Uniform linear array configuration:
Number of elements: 8
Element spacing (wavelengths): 0.75
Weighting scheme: cosine
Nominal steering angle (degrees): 0
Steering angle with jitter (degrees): -0.4337
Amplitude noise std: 0.05
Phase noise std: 0.05

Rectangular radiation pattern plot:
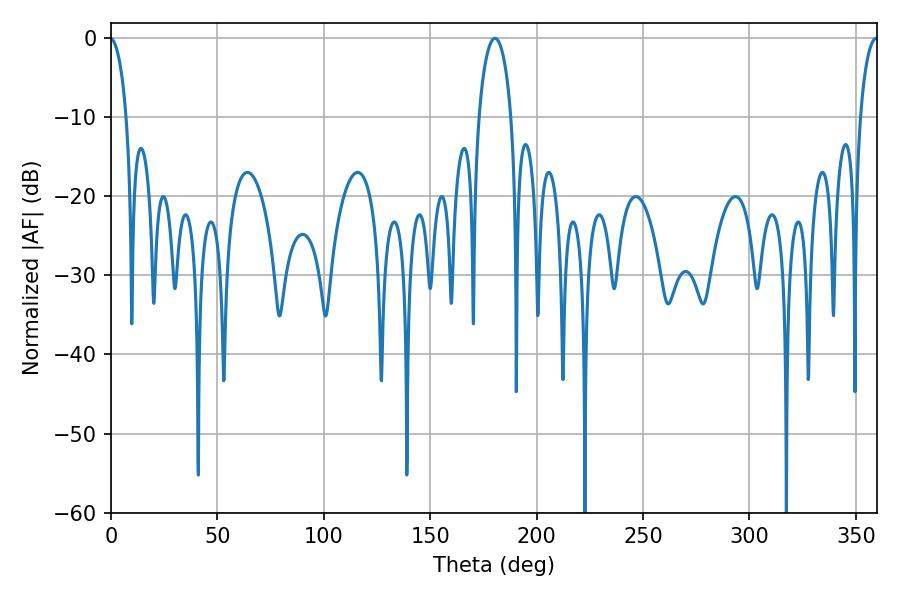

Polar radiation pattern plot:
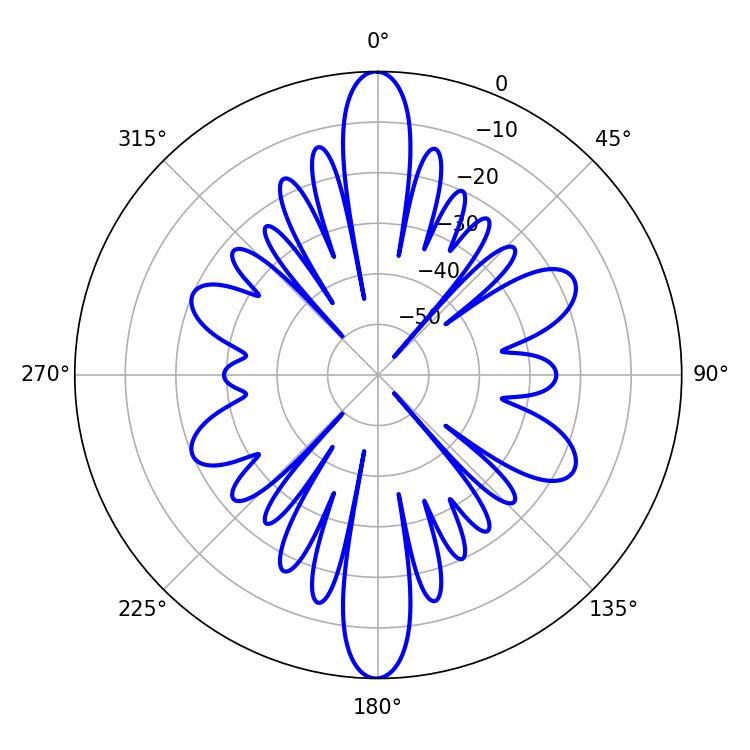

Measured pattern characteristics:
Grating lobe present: TRUE
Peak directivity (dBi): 35.332
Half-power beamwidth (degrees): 8.64
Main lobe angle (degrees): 180.36